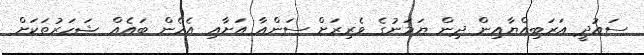
ސައުދީ އަރަބިއްޔާއިން ދިން ޔަމަނުގެ ވެރިރަށް ސަންއާ އަށާއި އެހެން ބައެއް ޝަހަރުތަކަށް